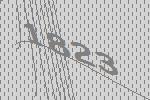
1823